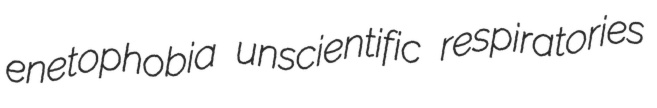
enetophobia unscientific respiratories